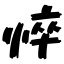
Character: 悴